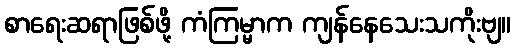
စာရေးဆရာဖြစ်ဖို့ ကံကြမ္မာက ကျန်နေသေးသကိုးဗျ။